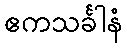
ဧကသင်္ခါနံ